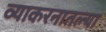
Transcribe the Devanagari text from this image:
व्याकरनातल्या